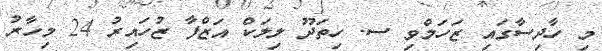
މި ހާދިސާގައި ޒަހަމްވި ސ. ހިތަދޫ ލިލަކް އަޒްފާ ޒުހައިރު 24 މިހާރު